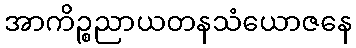
အာကိဉ္စညာယတနသံယောဇနေ